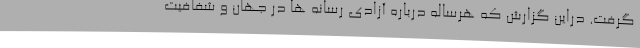
گرفت. دراین گزارش که هرساله درباره آزادی رسانه ها در جهان و شفافیت